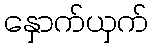
နှောက်ယှက်